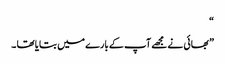
“
” بھائی نے مجھے آپ کے بارے میں بتایا تھا ۔